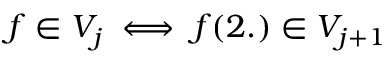
f \in V _ { j } \iff f ( 2 . ) \in V _ { j + 1 }